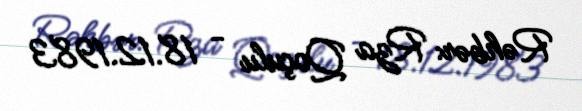
Rəhbər: Rza Qoçulu - 18.12.1983